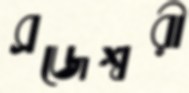
ব্রজেশ্বরী